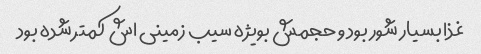
غذا بسیار شور بود و حجمش بویژه سیب زمینی اش کمتر شده بود